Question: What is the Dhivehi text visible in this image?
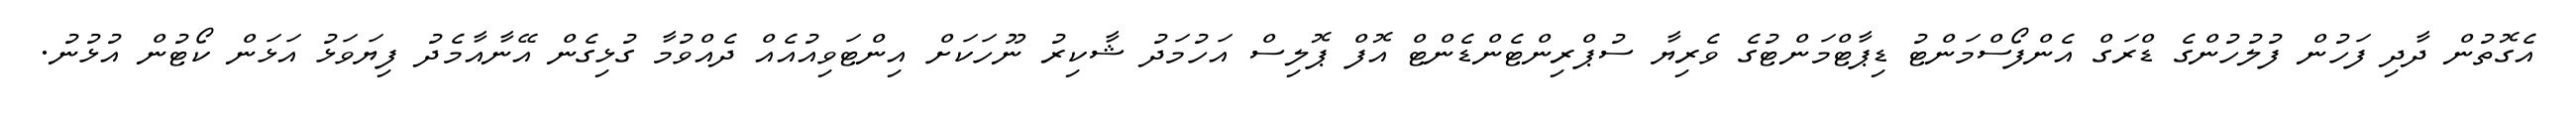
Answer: އެގޮތުން ދާދި ފަހުން ފުލުހުންގެ ޑްރަގް އެންފޯސްމަންޓު ޑިޕާޓްމަންޓުގެ ވެރިޔާ ސުޕްރިންޓެންޑެންޓް އޮފް ޕޮލިސް އަހުމަދު ޝާކިރު ނޫހަކަށް އިންޓަވިއުއެއް ދެއްވުމާ ގުޅިގެން އޭނާއާމެދު ފިޔަވަޅު އަޅަން ކޯޓުން އުޅުނު.